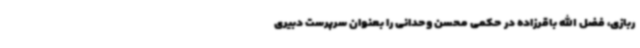
ربازی، فضل الله باقرزاده در حکمی محسن وحدانی را بعنوان سرپرست دبیری